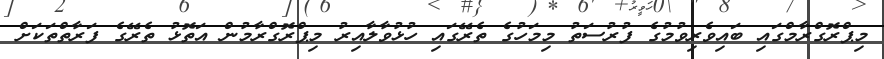
މިޕްރޮގްރާމްގައި ބައިވެރިވުމުގެ ފުރުސަތު މިމަހުގެ ތެރޭގައި ހުޅުވާލާއިރު މިޕްރޮގްރާމުން އަތޮޅު ތެރޭގެ ފަރާތްތަކަށް